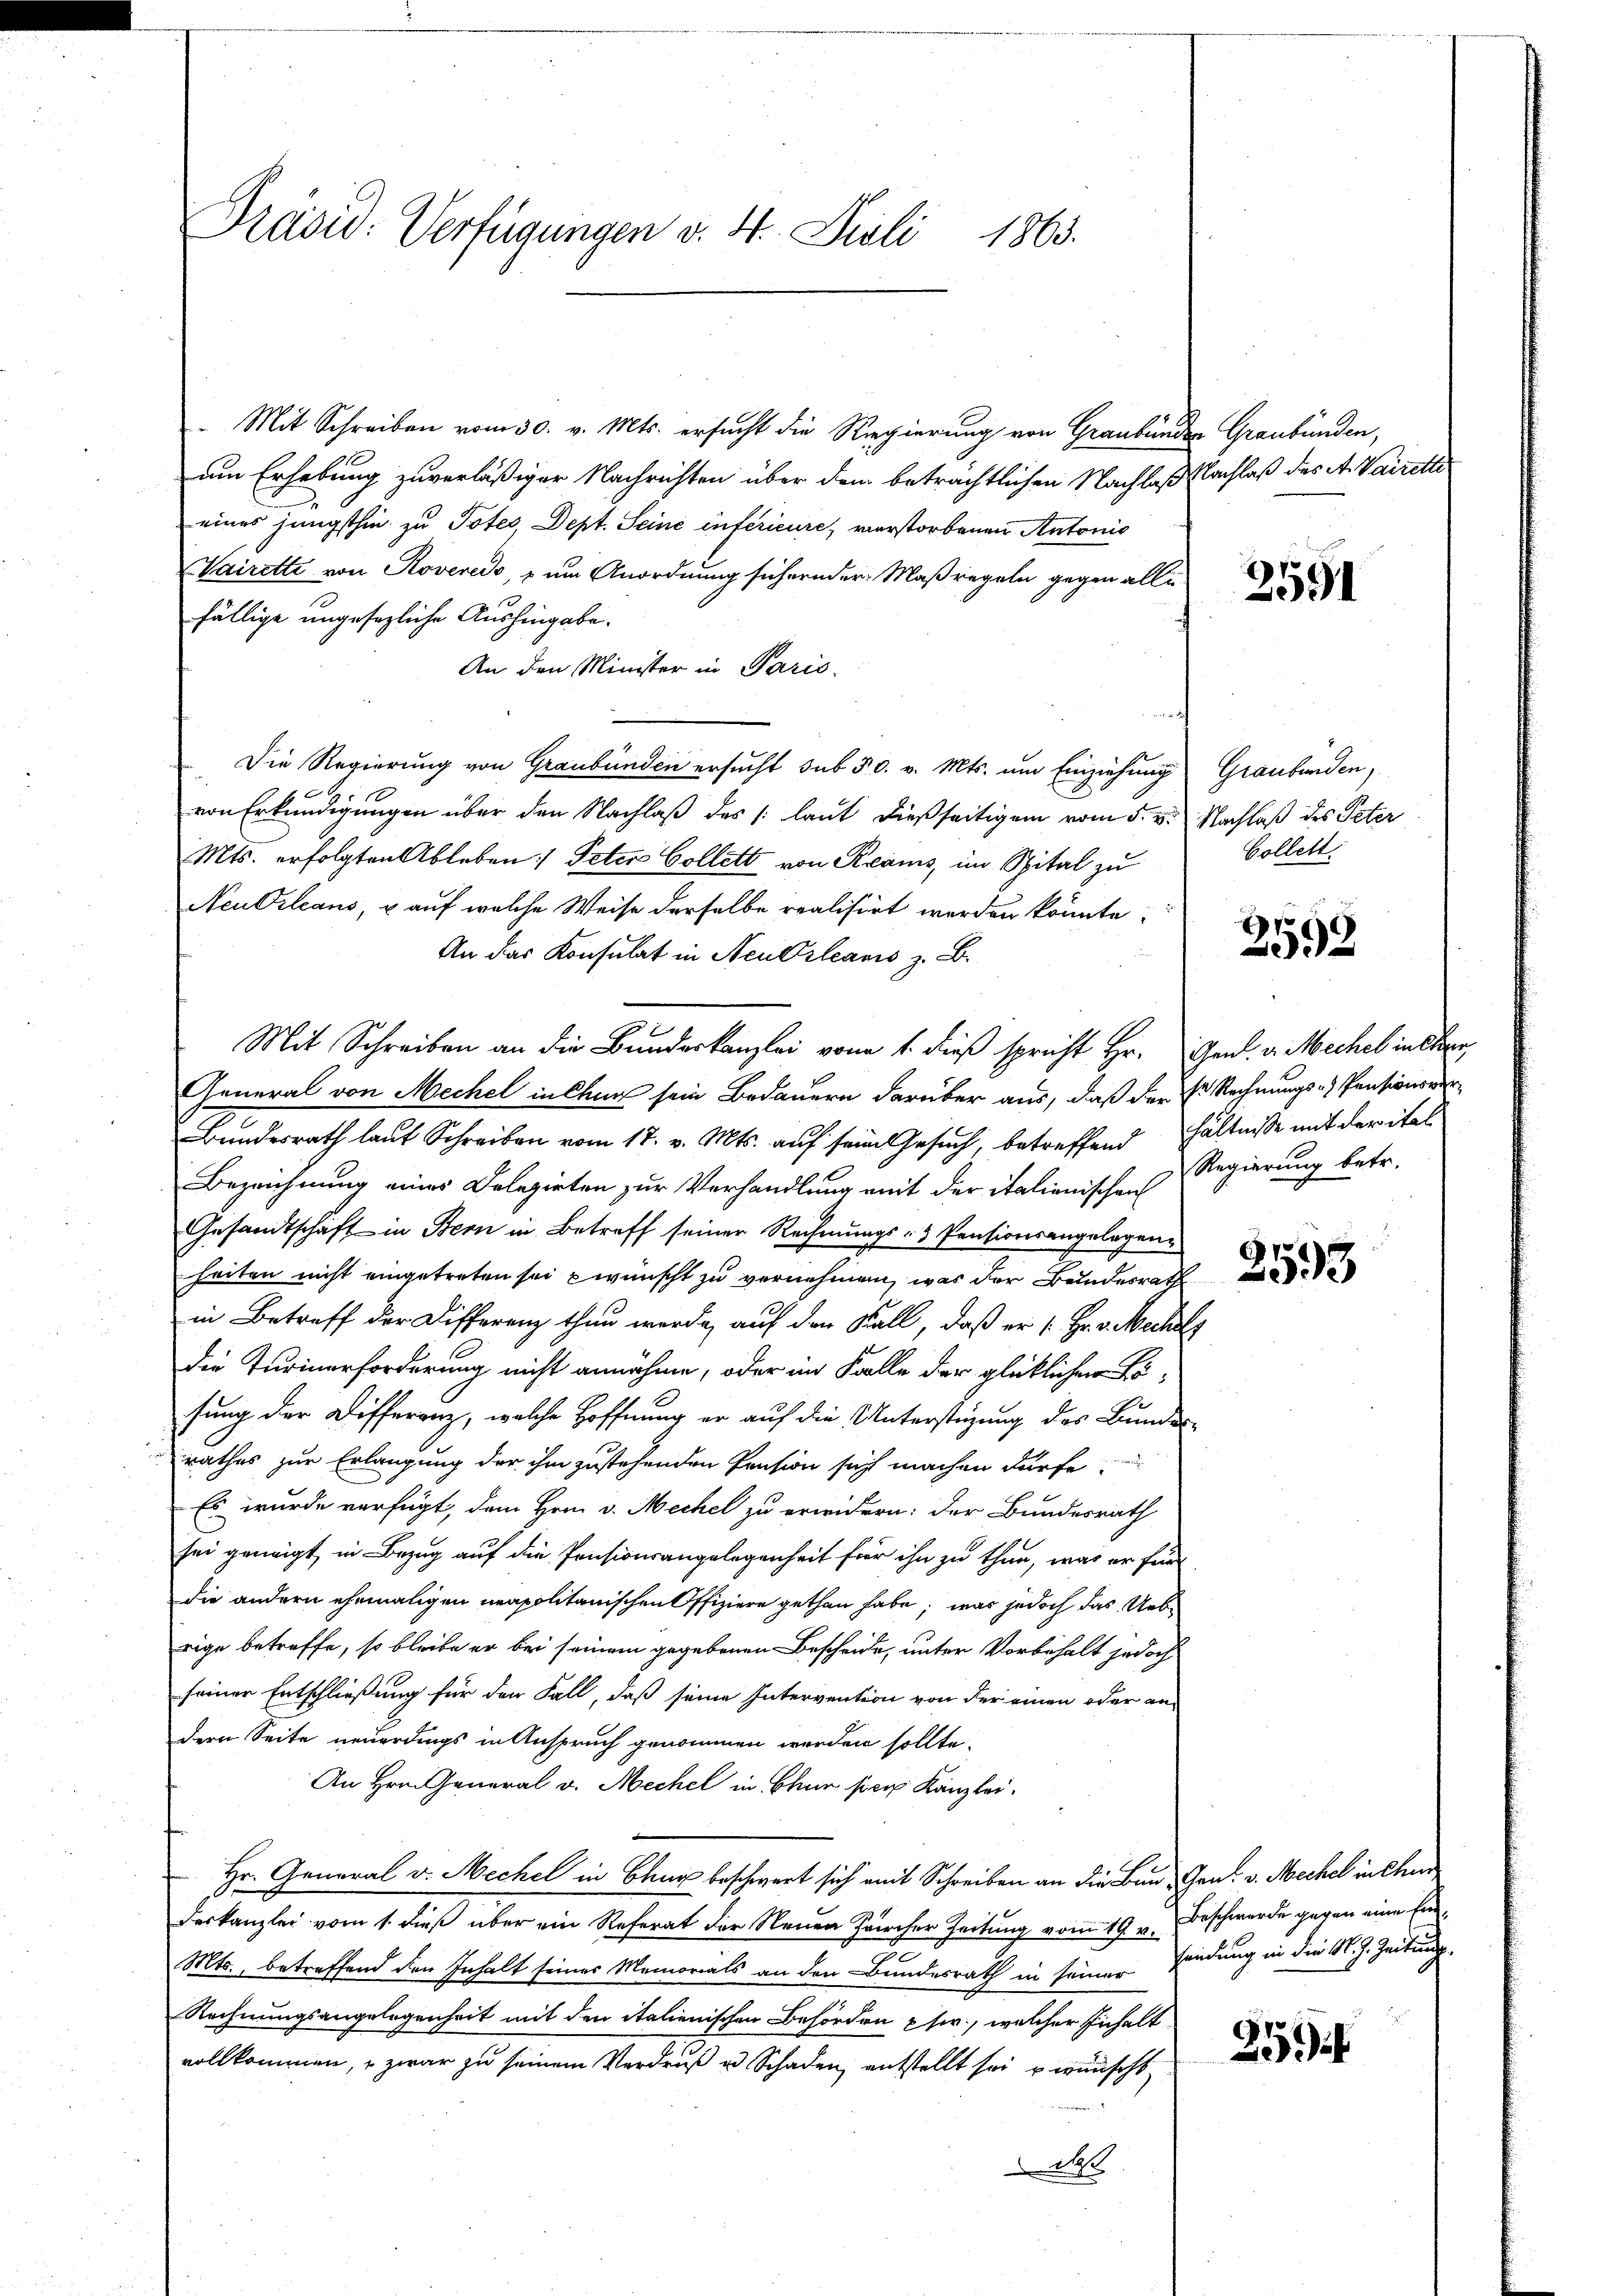
Präsid: Verfügungen v. 4. Juli 1863.

Mit Schreiben vom 30. v. Mts. ersucht die Regierung von Graubünder Graubünden,
am Erhebung zuverläßiger Nachrichten über dem beträchtlichen Nachlaß Nachlaß des A. Vairette
eines jüngsthin zu Totes, Dept. Seine inférieure, verstorbenen Antonio
Vairette von Roveredo, zum Anordnung sichernder Maßregeln gegen alle
fällige ungesezliche Aushingabe¬
An den Minister in Paris.
f
Die Regierung von Graubünden ersucht sub 30. v. Mts. um Einziehung Graubünden,
von Erkundigungen über den Nachlaß des (laut dießseitigem vom 5. v. Nachlaß des Peter
Mts. erfolgten Ableben: Peter Collett von Reams, im Spital zu
Neu Orleans, u auf welche Weise derselbe realisirt werden könnte;
An das Konsulat in Neu Orleans z. B.
Mit Schreiben an die Bundeskanzlei von 1. dieß spricht Hr. Gend. v. Mechel in Ehren
General von Mechel in Chur sein Bedauern darüber aus, daß der Hr. Rechnungs-Pensionsver¬
Bundesrath lauf Schreiben vom 17. v. Mts. auf sein Gesuch, betreffend hältnisse mit der ital
Bezeichnung eines Delegirten zur Verhandlung mit der italienischen
Gesandtschaft in Bern in Betreff seiner Rechnungs- & Pentionsangelegen
heiten nicht eingetreten sei wünscht zu vernehmen, was der Bundesrath
in Betreff der Differenz thun werde, auf den Kall, daß er [Hr. v. Mechal
die Turinerforderung nicht annähme, oder im Falle der glücklichen Lösung der Differenz, welche Hoffnung er auf die Unterstüzung des Bundes-
rathes zur Erlangung der ihm zustehenden Pension sich machen dürfe
Es wurde verfügt, dem Hern v. Mechel zu erwidern: der Bundesrath
sei geneigt in Bezug auf die Pensionsangelegenheit für ihn zu thun, was er für
die andern ehemaligen neapolitanischen Offiziere gethan habe; was jedoch das Uebe
rige betreffe, so bleibe er bei seinem gegebenen Bescheide, unter Vorbehalt jedoch
seiner Entschließung für der Fall, daß seine Intervention von der einen oder an
dern Seite neuerdings in Anspruch genommen werden sollte.
An Hrn. General v. Mechel in Chur sich Kanzlei.
Hr. General v. Mechel in Chur beschwert sich mit Schreiben an die Bau- Grat v. Mechel in Chur
deskanzlei vom 1. dieß über ein Referat der Neuen Pircher Zeitung vom 19. v. Beschwerde gegen eine Ein¬
Mts., betreffend den Inhalt seines Memorials an den Bundesrath in seiner Findung in die K. J. Zeitung.
Rechnungsangelegenheit mit den italienischen Behörden usw., welcher Inhalt
vollkommen, u zwar zu seinem Verdruß u. Schaden, entstellt sei u wünscht,

3591

Collett

1
392

Regierung betr.

2593

25